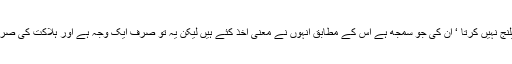
میں علمائے کرام کو چیلنج نہیں کرتا ‘ ان کی جو سمجھ ہے اس کے مطابق انہوں نے معنی اخذ کئے ہیں لیکن یہ تو صرف ایک وجہ ہے اور ہلاکت کی صرف ایک وجہ نہیں ہوتی۔